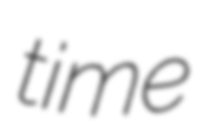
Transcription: time